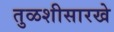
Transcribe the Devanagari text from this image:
तुळशीसारखे